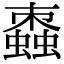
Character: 𧑖